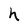
Character: h